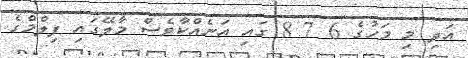
އަދި މި މަހުގެ 6 7 8 ގައި އަނެއްކާވެސް މާލޭގައި ފިލްމްގެ